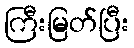
ကြီးမြတ်ပြီး